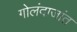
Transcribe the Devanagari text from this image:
गोलंदाजांत